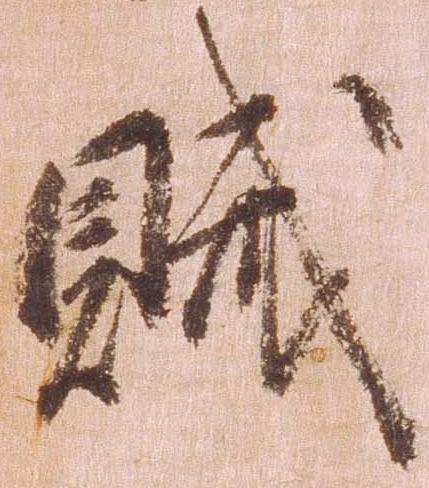
賊